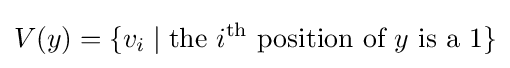
V(y)=\{v_{i}\mid {\text{the }}i^{\text{th}}{\text{ position of }}y{\text{ is a }}1\}